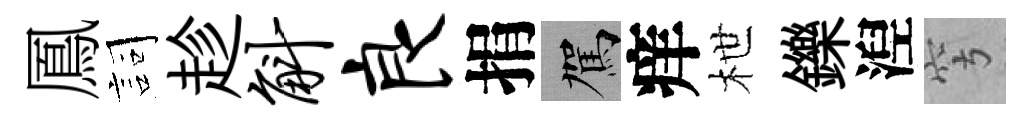
鳳詞趁斛良捐駕痒枻鑠湼穹